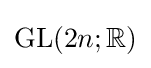
\mathrm {GL} (2n;\mathbb {R} )